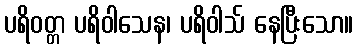
ပရိဝတ္တ ပရိဝါသေန၊ ပရိဝါသ် နေပြီးသော။